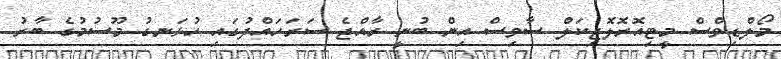
މޯލްޑިވްސް މީޓިއޮރޮލޮޖިކަލް ސާވިސް އިން ބުނީ ރާއްޖެ ސަރަހައްދުގައި ހުޅަނގު މޫސުމުގެ ބާރު